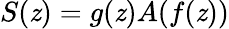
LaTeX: S(\mathit{z})=g(\mathit{z})A(f(\mathit{z}))